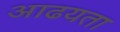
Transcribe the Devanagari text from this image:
आढयता